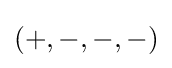
(+,-,-,-)